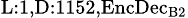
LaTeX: _{\textrm{L}:1,\textrm{D}:1152,\textrm{EncDec}_{\textrm{B}2}}